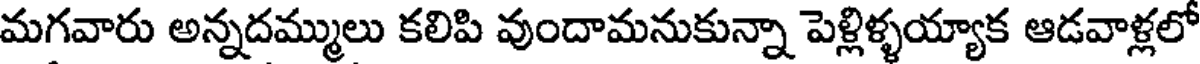
మగవారు అన్నదమ్ములు కలిపి వుందామనుకున్నా పెళ్లిళ్ళయ్యాక ఆడవాళ్లలో